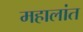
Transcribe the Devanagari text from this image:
महालांत